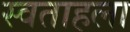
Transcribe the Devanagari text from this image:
स्वताहला